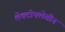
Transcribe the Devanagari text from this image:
लेक्टोफ्लेवीन